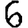
Digit: 6